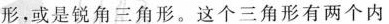
形，或是锐角三角形。这个三角形有两个内